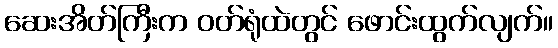
ဆေးအိတ်ကြီးက ဝတ်ရုံထဲတွင် ဖောင်းထွက်လျက်။